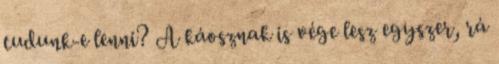
tudunk-e lenni? A káosznak is vége lesz egyszer, rá